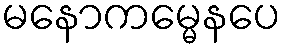
မနောကမ္မေနပေ